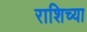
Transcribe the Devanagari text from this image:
राशिच्या